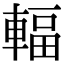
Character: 輻